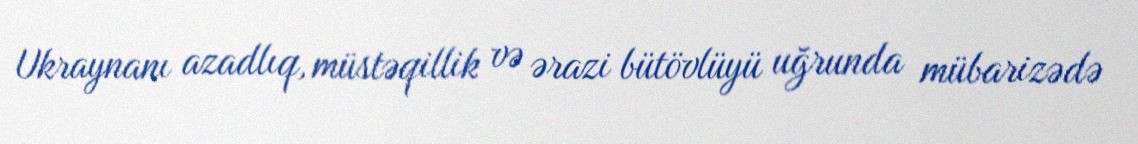
Ukraynanı azadlıq, müstəqillik və ərazi bütövlüyü uğrunda mübarizədə